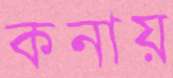
কনায়